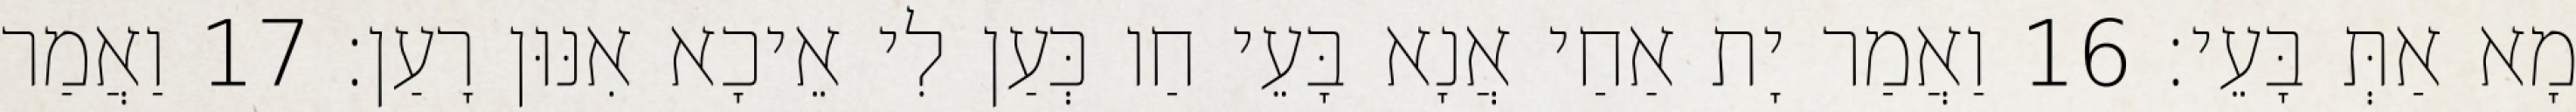
מָא אַתְּ בָּעֵי׃ 16 וַאֲמַר יָת אַחַי אֲנָא בָּעֵי חַו כְּעַן לִי אֵיכָא אִנּוּן רָעַן׃ 17 וַאֲמַר